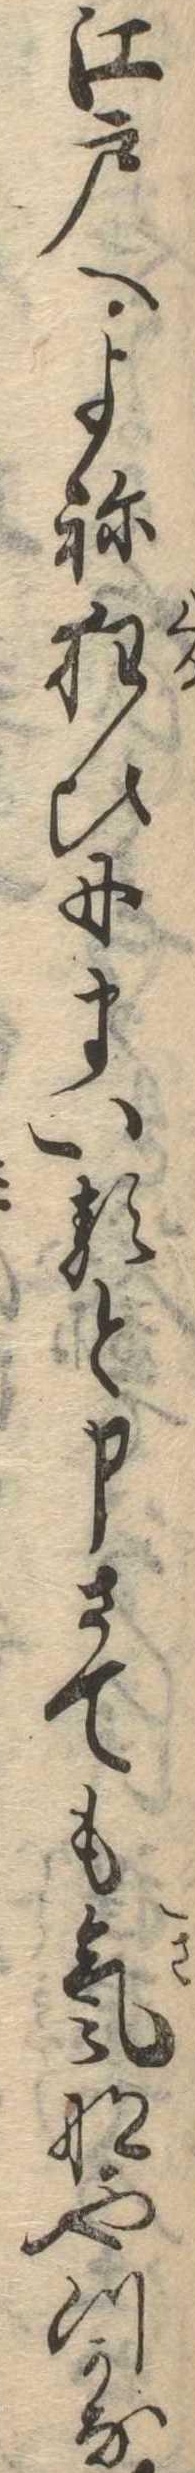
江戸へよね狂ひにまいると申さても気なやつかな